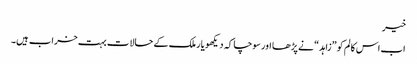
خیر
اب اس کالم کو ”زاہد“ نے پڑھا اور سوچا کہ دیکھو یار ملک کے حالات بہت خراب ہیں۔